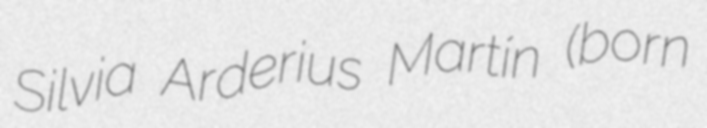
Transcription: Silvia Arderius Martín (born